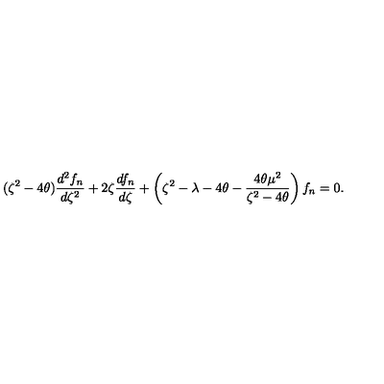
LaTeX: ( \zeta ^ { 2 } - 4 \theta ) { \frac { d ^ { 2 } f _ { n } } { d \zeta ^ { 2 } } } + 2 \zeta { \frac { d f _ { n } } { d \zeta } } + \left( \zeta ^ { 2 } - \lambda - 4 \theta - { \frac { 4 \theta \mu ^ { 2 } } { \zeta ^ { 2 } - 4 \theta } } \right) f _ { n } = 0 .